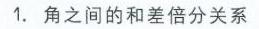
1. 角之间的和差倍分关系